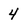
Character: 4